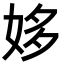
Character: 姼